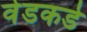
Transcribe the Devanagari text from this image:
वेडकडे